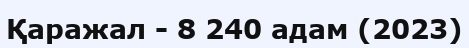
Қаражал - 8 240 адам (2023)